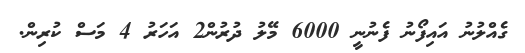
ގެއްލުނު އައިފޯނު ފެނުނީ 6000 މޭލު ދުރުން2 އަހަރު 4 މަސް ކުރިން.